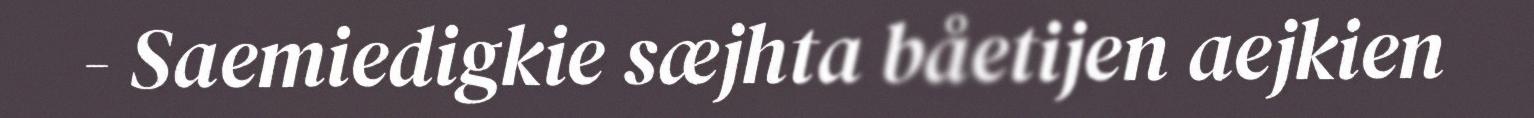
- Saemiedigkie sæjhta båetijen aejkien